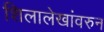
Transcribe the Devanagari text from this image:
शिलालेखांवरुन